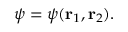
\psi = \psi ( \mathbf { r } _ { 1 } , \mathbf { r } _ { 2 } ) .